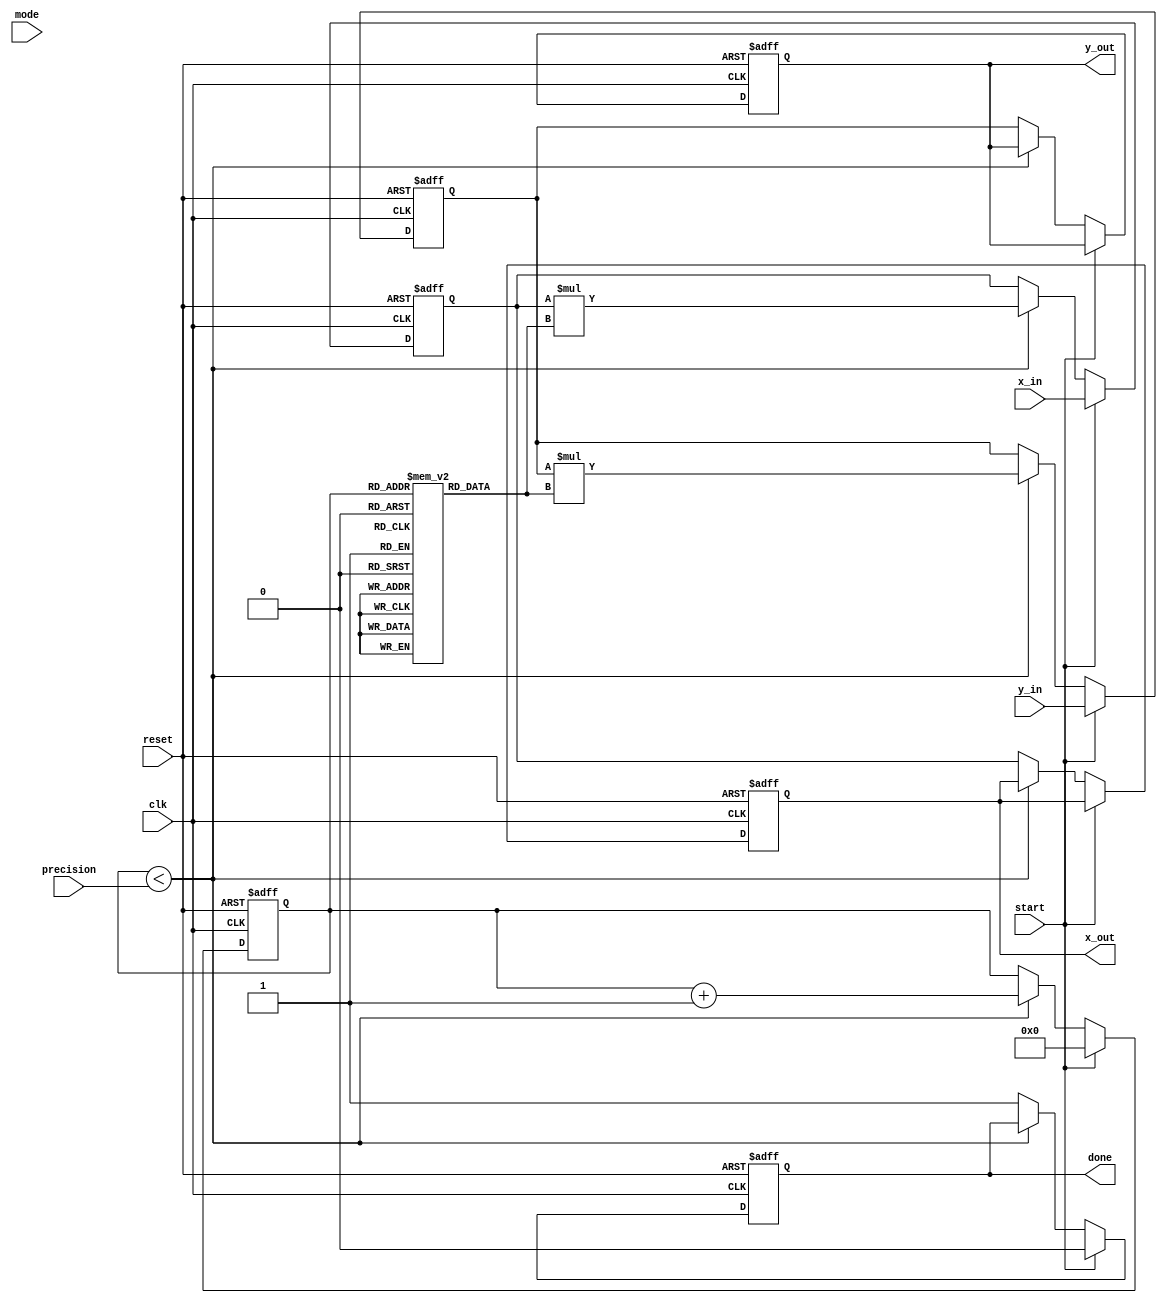
module Adaptive_CORDIC (
    input clk,
    input reset,
    input start,
    input [15:0] x_in,  // Input fixed-point x coordinate
    input [15:0] y_in,  // Input fixed-point y coordinate
    input [3:0] mode,    // Control mode (rotation or vectoring)
    input [3:0] precision, // Number of iterations
    output reg [15:0] x_out, // Output fixed-point x coordinate
    output reg [15:0] y_out, // Output fixed-point y coordinate
    output reg done // Operation done signal
);

parameter MAX_ITERATIONS = 16;

// Internal registers
reg [15:0] x, y;
reg [3:0] counter; 
reg [15:0] angle_lookup[MAX_ITERATIONS-1:0]; // Angle Lookup Table
reg [15:0] scale_factor[MAX_ITERATIONS-1:0]; // Scaling Lookup Table
reg last_angle;

// Initialization of lookup tables
initial begin
    // Initialize rotation angles (in radians or fixed-point representation)
    angle_lookup[0] = 16'h26DD; // Atan(2^-0)
    angle_lookup[1] = 16'h1DAC; // Atan(2^-1)
    angle_lookup[2] = 16'h0FC3; // Atan(2^-2)
    // Repeat for more angles as needed...

    // Initialize scaling factors
    scale_factor[0] = 16'h4000; // 1.0
    scale_factor[1] = 16'h2000; // 0.5
    scale_factor[2] = 16'h1000; // 0.25
    // Repeat for more scaling factors as needed...
end

always @(posedge clk or posedge reset) begin
    if (reset) begin
        x <= 0;
        y <= 0;
        counter <= 0;
        done <= 0;
        x_out <= 0;
        y_out <= 0;
    end else if (start) begin
        // Load input values
        x <= x_in;
        y <= y_in;

        // Reset counter
        counter <= 0;
        done <= 0;
    end else if (counter < precision) begin
        // CORDIC Iteration
        // Adapt operation based on the mode
        case (mode)
            4'b0001: begin // Rotation mode
                if (y < 0) begin
                    x <= x + (y >>> counter); // x = x + (y * 2^-i)
                    y <= y + (x >>> counter); // y = y + (x * 2^-i)
                end else begin
                    x <= x - (y >>> counter);
                    y <= y - (x >>> counter);
                end
            end
            4'b0010: begin // Vectoring mode
                if (x < 0) begin
                    last_angle <= -angle_lookup[counter];
                    x <= x + (y >>> counter);
                    y <= y - (x >>> counter);
                end else begin
                    last_angle <= angle_lookup[counter];
                    x <= x - (y >>> counter);
                    y <= y + (x >>> counter);
                end
            end
            default: begin // Additional modes can be implemented as needed
                // Default behavior or other modes
            end
        endcase

        // Update the results
        // Scale down the result according to the number of iterations
        x <= (x * scale_factor[counter]);
        y <= (y * scale_factor[counter]);
        
        // Increment counter
        counter <= counter + 1;
    end else begin
        // Finished processing
        x_out <= x;
        y_out <= y;
        done <= 1;
    end
end

endmodule